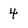
Character: 4